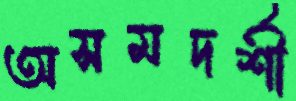
অসমদর্শী